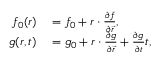
\begin{array} { r l } { f _ { 0 } ( \boldsymbol { r } ) } & { { } = f _ { 0 } + \boldsymbol { r } \cdot \frac { \partial f } { \partial \vec { r } } , } \\ { g ( \boldsymbol { r } , t ) } & { { } = g _ { 0 } + \boldsymbol { r } \cdot \frac { \partial g } { \partial \vec { r } } + \frac { \partial g } { \partial t } t , } \end{array}